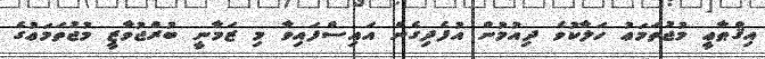
އިޤްޠާޢީ މުޖުތަމަޢު ހަލާކުވެ ދިއުމުން އުފެދިގެން އައިސްފައިވާ މި ޒަމާނީ ބުރްޖުވާޒީ މުޖުތަމަޢުގެ